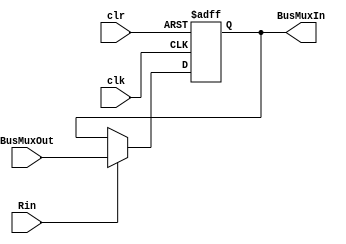
module Register #(parameter VAL = 0)(input clk, clr, input [31:0] BusMuxOut, input Rin, output reg [31:0] BusMuxIn);
    always@(posedge clk or negedge clr)
    begin
        if(clr == 0) BusMuxIn <= 0;
        else if(Rin) BusMuxIn <= BusMuxOut;
    end
    initial BusMuxIn = VAL; // assigns initial value
endmodule